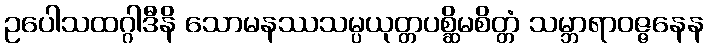
ဥပေါသထဂ္ဂါဒီနိ သောမနဿသမ္ပယုတ္တပစ္ဆိမစိတ္တံ သမ္ဘာရာဝဇ္ဇနေန